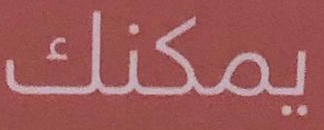
يمكنك